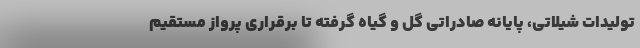
تولیدات شیلاتی، پایانه صادراتی گل و گیاه گرفته تا برقراری پرواز مستقیم